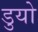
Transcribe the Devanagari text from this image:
डुयो